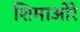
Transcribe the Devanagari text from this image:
शिमाओरे